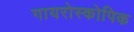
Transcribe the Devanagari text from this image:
गायरोस्कोपिक